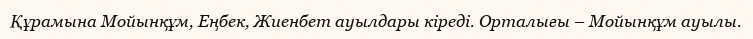
Құрамына Мойынқұм, Еңбек, Жиенбет ауылдары кіреді. Орталығы – Мойынқұм ауылы.